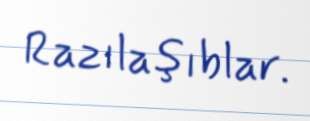
Razılaşıblar.